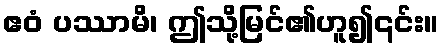
ဧဝံ ပဿာမိ၊ ဤသို့မြင်၏ဟူ၍၎င်း။